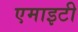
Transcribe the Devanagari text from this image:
एमाइटी